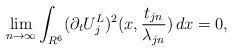
\begin{align*}\lim_{n\to\infty}\int_{R^6}(\partial_tU_j^L)^2(x,\frac{t_{jn}}{\lambda_{jn}})\,dx=0,\end{align*}